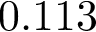
0 . 1 1 3